Civil Veterinary Department Bihar reports 1940-50 - 1940-1950
Year: 1940
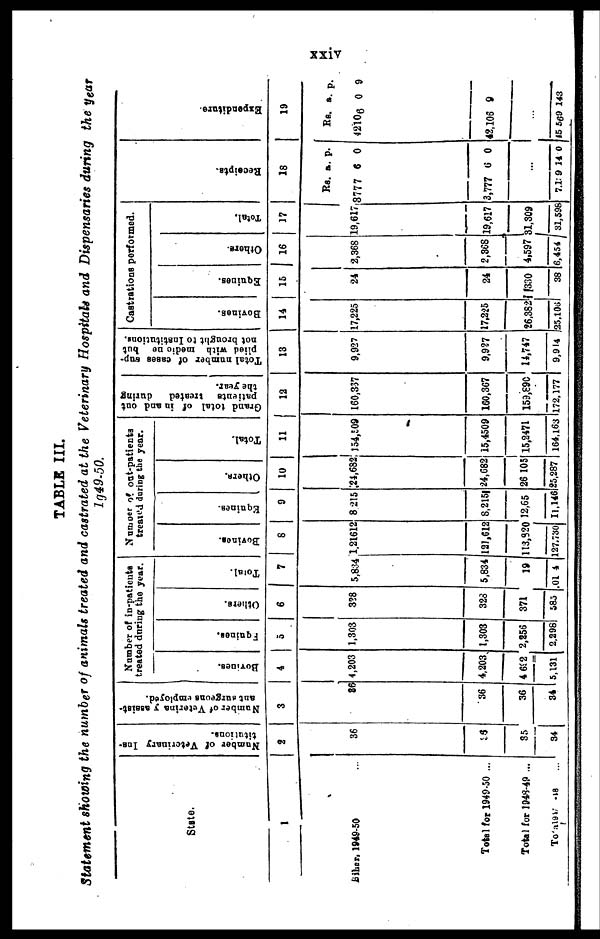
xxiv
TABLE III.
Statement showing the number of animals treated and castrated at the Veterinary Hospitals and Dispensaries during the year
l949-50.
State.
1
Biher, 1949-50 ...
Total for 1949-50 ...
Total for 1948-49 ...
Total 1947-48 ...
Number of Veterinary Ins-
titutions.
2
36
35
35
34
Number of Veterina y assist.
ant surgeons employed.
3
86
36
36
34
Number of in-patients
treated during the year.
Bovines.
4
4,203
4,203
4 692
5,131
Equines.
5
1,303
1,303
2,856
2.298
Others.
6
328
328
371
585
Total.
7
5,834
5,834
19
01 4
Number of out-patients
treated during the year.
Bovines.
8
1,21612
121,612
113,820
127.730
Equines.
9
8 215
8,215
12,65
11,146
Others.
10
24,682
24,682
26 105
25,287
Total.
11
154,509
15,4509
15,2471
164,163
Grand total of in and out
patients treated
during
the year.
12
160,337
160,367
159,890
172.177
Total number of cases sup-
plied with medicine but
not brought to Institutions.
13
9,927
9,927
14,747
9,914
Castrations performed.
Bovines.
14
17,225
17,225
26,382
25,106
Equines.
15
24
24
330
38
Others.
16
2,368
2,368
4,597
6,454
Total.
17
19,617
19,617
31,309
31,598
Receipts.
18
Rs. a. p.
3777 6 0
3,777 6 0
...
7,1 9 14 0
Expenditure-
19
Rs. a. p.
42106 0 9
42,106 9
...
45 569 143